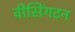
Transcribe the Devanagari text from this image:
वीसिंगटन